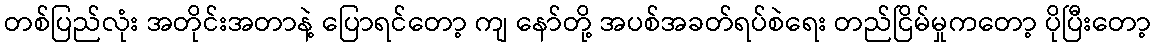
တစ်ပြည်လုံး အတိုင်းအတာနဲ့ ပြောရင်တော့ ကျ နော်တို့ အပစ်အခတ်ရပ်စဲရေး တည်ငြိမ်မှုကတော့ ပိုပြီးတော့